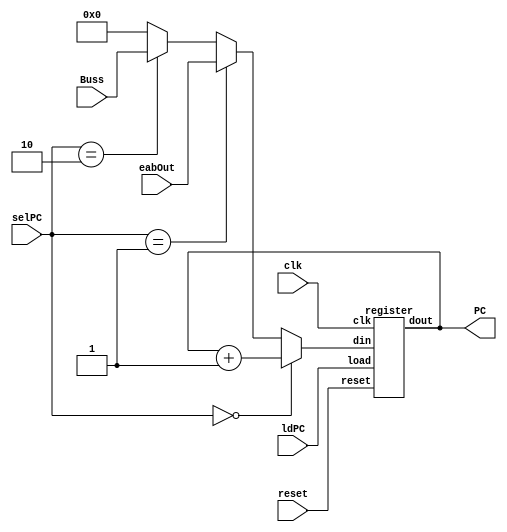
`timescale 1ns / 1ps
//////////////////////////////////////////////////////////////////////////////////
// Company: 
// Engineer: 
// 
// Design Name: 
// Module Name:    PC 
// Project Name: 
// Target Devices: 
// Tool versions: 
// Description: 
//
// Dependencies: 
//
// Revision: 
// Revision 0.01 - File Created
// Additional Comments: 
//
//////////////////////////////////////////////////////////////////////////////////
module PC(
	input[15:0] Buss, eabOut,
	input[1:0] selPC,
	input ldPC, clk, reset,
	output[15:0] PC
    );
	
	wire[15:0] muxOut;
	
	assign muxOut = (selPC == 2'b00) ? PC + 1 :
						 (selPC == 2'b01) ? eabOut:
						 (selPC == 2'b10) ? Buss : 16'd0 ;
	
	register rg (PC, clk, muxOut, reset, ldPC);

endmodule


module register(dout, clk, din, reset, load);

input clk, reset, load;
input [15:0] din;
output reg [15:0] dout;

always @(posedge clk)
 if (reset) dout <= 16'd0;
else if (load) dout <= din;
endmodule